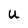
Character: U